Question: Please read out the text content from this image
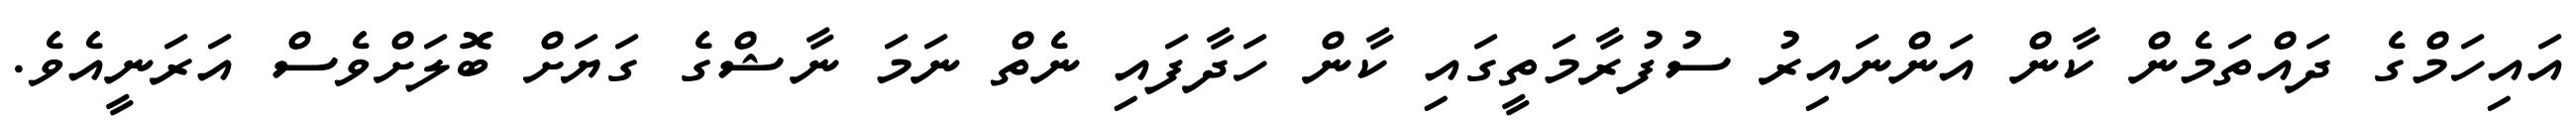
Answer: އައިހަމްގެ ދައްތަމެން ކާން އަންނައިރު ސުފުރާމަތީގައި ކާން ހަދާފައި ނެތް ނަމަ ނާޝްގެ ގަޔަށް ބޮލަށްވެސް އަރަނީއެވެ.